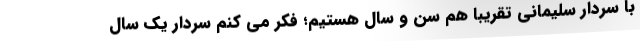
با سردار سلیمانی تقریبا هم سن و سال هستیم؛ فکر می کنم سردار یک سال